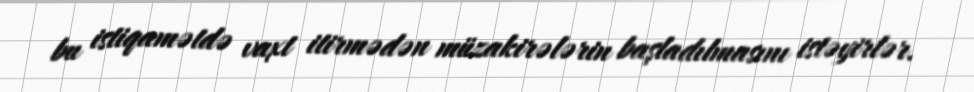
bu istiqamətdə vaxt itirmədən müzakirələrin başladılmasını istəyirlər.